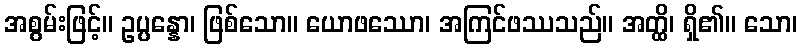
အစွမ်းဖြင့်။ ဥပ္ပန္နော၊ ဖြစ်သော။ ယောဖဿော၊ အကြင်ဖဿသည်။ အတ္ထိ၊ ရှိ၏။ သော၊